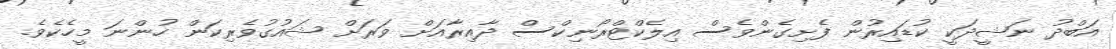
އަބްދު ނަޝީދަކީ ކުޑައިރުން ފެށިގެންވެސް އިލެކްޓްރޯނިކްސް ދާއިރާއަށް ވަރަށް ޝައުގުވެރިކަން ހުންނަ މީހެކެވެ.